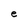
Character: e